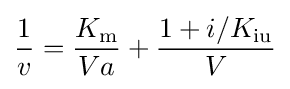
{\frac {1}{v}}={\frac {K_{\mathrm {m} }}{Va}}+{\frac {1+i/K_{\mathrm {iu} }}{V}}